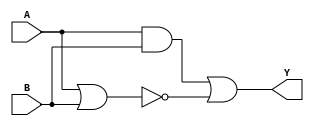
module combinational_logic (
    input wire A,      // Input A
    input wire B,      // Input B
    output wire Y      // Output Y
);

// Combinational Logic Implementation
assign Y = (A & B) | (A ~| B); // Y = A'B + AB + A (simplified with don't care)

endmodule